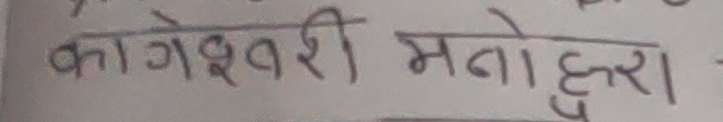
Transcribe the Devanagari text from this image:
कागेश्वरी मनोहरा